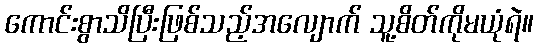
ကောင်းစွာသိပြီးဖြစ်သည့်အလျောက် သူ့စိတ်ကိုမယုံရဲ။